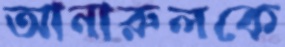
আনারুলকে